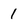
Character: 1